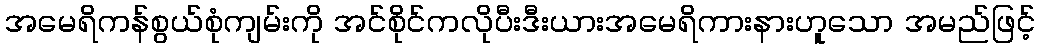
အမေရိကန်စွယ်စုံကျမ်းကို အင်စိုင်ကလိုပီးဒီးယားအမေရိကားနားဟူသော အမည်ဖြင့်